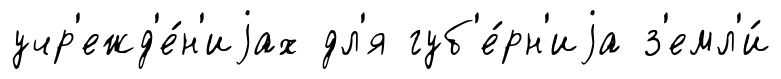
учр'ежд'е́н'иjах дл'я губ'е́рн'иjа з'емл'и́